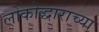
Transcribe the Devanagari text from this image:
लोकोद्धाराच्या